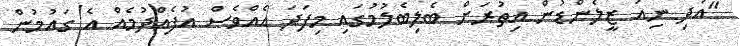
"އަދި ނިއު ޒީލެންޑުން އިތުރަށް ބެލިބެލުމުގައި މިފަދަ އެއްވެސް އުފެއްދުމެއް އެ ގައުމުން